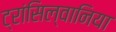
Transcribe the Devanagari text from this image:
ट्रांसिल्वानिया